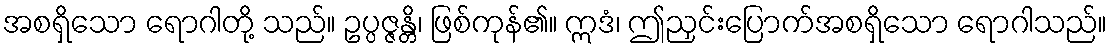
အစရှိသော ရောဂါတို့ သည်။ ဥပ္ပဇ္ဇန္တိ၊ ဖြစ်ကုန်၏။ ဣဒံ၊ ဤညှင်းပြောက်အစရှိသော ရောဂါသည်။